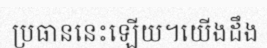
ប្រធាននេះឡើយ។យើងដឹង